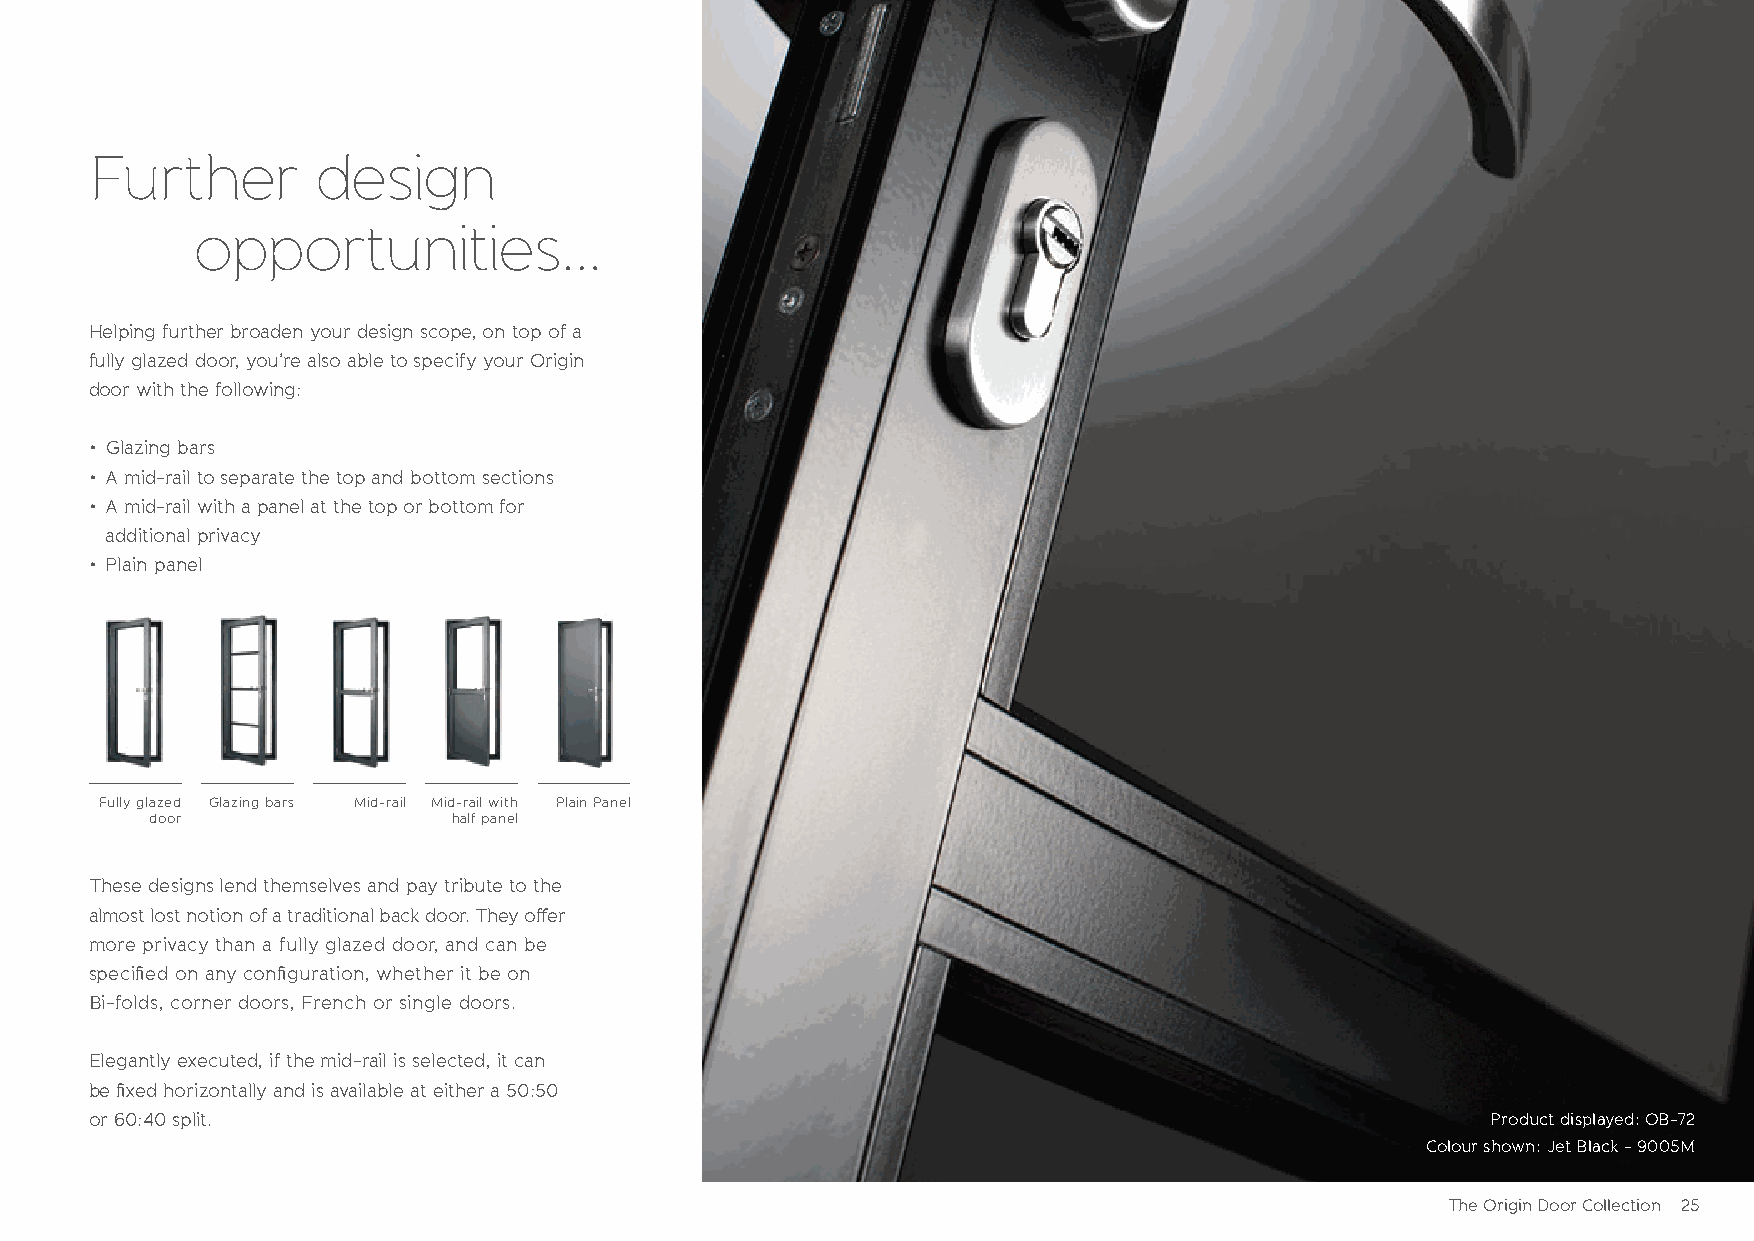
Further        design
 opportunities...
 Helping further broaden your design scope, on top of a
 fully glazed door, you’re also able to specify your Origin
 door with the following:
 • Glazing bars
 • A mid-rail to separate the top and bottom sections
 • A mid-rail with a panel at the top or bottom for
 additional privacy
 • Plain panel
 Fully glazed Glazing bars Mid-rail Mid-rail with Plain Panel
 door                half panel
 These designs lend themselves and pay tribute to the
 almost lost notion of a traditional back door. They off er
 more privacy than a fully glazed door, and can be
 specifi ed on any confi guration, whether it be on
 Bi-folds, corner doors, French or single doors.
 Elegantly executed, if the mid-rail is selected, it can
 be fi xed horizontally and is available at either a 50:50
 or 60:40 split.                                                                              Product displayed: OB-72
 Colour shown: Jet Black - 9005M
 The Origin Door Collection 25